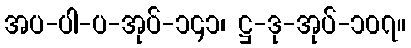
အပ-ပါ-ပ-အုပ်-၁၄၁၊ ဋ္ဌ-ဒု-အုပ်-၁၀၇။